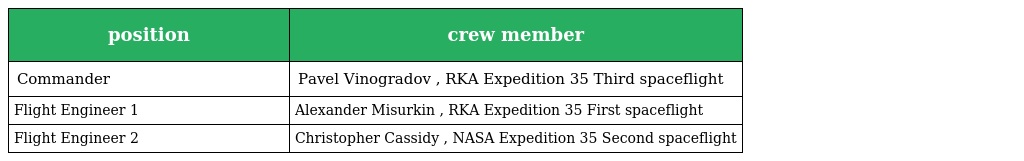
| position | crew member |
 | --- | --- |
 | Commander | Pavel Vinogradov , RKA Expedition 35 Third spaceflight |
 | Flight Engineer 1 | Alexander Misurkin , RKA Expedition 35 First spaceflight |
 | Flight Engineer 2 | Christopher Cassidy , NASA Expedition 35 Second spaceflight |